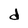
Character: d